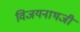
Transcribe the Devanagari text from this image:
विजयनाथजी